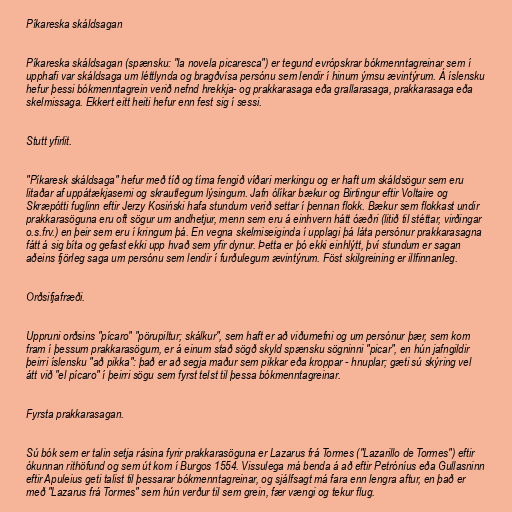
Píkareska skáldsagan

Píkareska skáldsagan (spænsku: "la novela picaresca") er tegund evrópskrar bókmenntagreinar sem í
upphafi var skáldsaga um léttlynda og bragðvísa persónu sem lendir í hinum ýmsu ævintýrum. Á íslensku
hefur þessi bókmenntagrein verið nefnd hrekkja- og prakkarasaga eða grallarasaga, prakkarasaga eða
skelmissaga. Ekkert eitt heiti hefur enn fest sig í sessi.

Stutt yfirlit.

"Píkaresk skáldsaga" hefur með tíð og tíma fengið víðari merkingu og er haft um skáldsögur sem eru
litaðar af uppátækjasemi og skrautlegum lýsingum. Jafn ólíkar bækur og Birtingur eftir Voltaire og
Skræpótti fuglinn eftir Jerzy Kosiński hafa stundum verið settar í þennan flokk. Bækur sem flokkast undir
prakkarasöguna eru oft sögur um andhetjur, menn sem eru á einhvern hátt óæðri (litið til stéttar, virðingar
o.s.frv.) en þeir sem eru í kringum þá. En vegna skelmiseiginda í upplagi þá láta persónur prakkarasagna
fátt á sig bíta og gefast ekki upp hvað sem yfir dynur. Þetta er þó ekki einhlýtt, því stundum er sagan
aðeins fjörleg saga um persónu sem lendir í furðulegum ævintýrum. Föst skilgreining er illfinnanleg.

Orðsifjafræði.

Uppruni orðsins "pícaro" "pörupiltur; skálkur", sem haft er að viðurnefni og um persónur þær, sem kom
fram í þessum prakkarasögum, er á einum stað sögð skyld spænsku sögninni "picar", en hún jafngildir
þeirri íslensku "að pikka": það er að segja maður sem pikkar eða kroppar - hnuplar; gæti sú skýring vel
átt við "el pícaro" í þeirri sögu sem fyrst telst til þessa bókmenntagreinar.

Fyrsta prakkarasagan.

Sú bók sem er talin setja rásina fyrir prakkarasöguna er Lazarus frá Tormes ("Lazarillo de Tormes") eftir
ókunnan rithöfund og sem út kom í Burgos 1554. Vissulega má benda á að eftir Petróníus eða Gullasninn
eftir Apuleius geti talist til þessarar bókmenntagreinar, og sjálfsagt má fara enn lengra aftur, en það er
með "Lazarus frá Tormes" sem hún verður til sem grein, fær vængi og tekur flug.